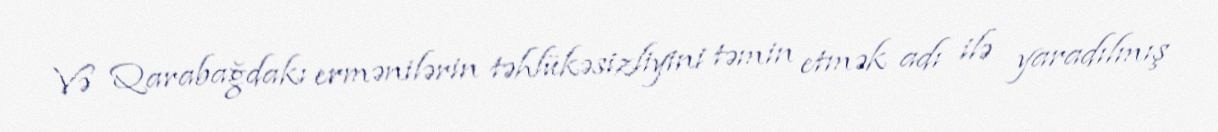
Və Qarabağdakı ermənilərin təhlükəsizliyini təmin etmək adı ilə yaradılmış